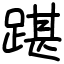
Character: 踸